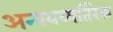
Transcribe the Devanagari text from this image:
अन्ययव्यतिरेक